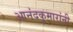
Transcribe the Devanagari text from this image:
आनंदकुमारांनी